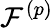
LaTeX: \mathcal{F}^{(p)}